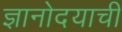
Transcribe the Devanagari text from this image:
ज्ञानोदयाची